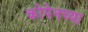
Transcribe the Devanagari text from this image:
कोपेनच्या